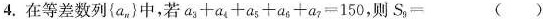
4.在等差数列\left \{a_{n}\right \}中，若$$a_{3}+a_{4}+a_{5}+a_{6}+a_{7}=150$$，则$$S_{9}= ()$$